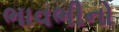
ભાવભીનો